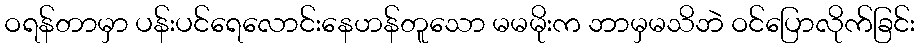
ဝရန်တာမှာ ပန်းပင်ရေလောင်းနေဟန်တူသော မမမိုးက ဘာမှမသိဘဲ ဝင်ပြောလိုက်ခြင်း